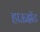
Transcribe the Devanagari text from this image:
हाऊझॅट